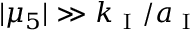
| \mu _ { 5 } | \gg k _ { \mathrm { ~ I ~ } } / a _ { \mathrm { ~ I ~ } }